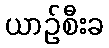
ယာဉ်စီးခ